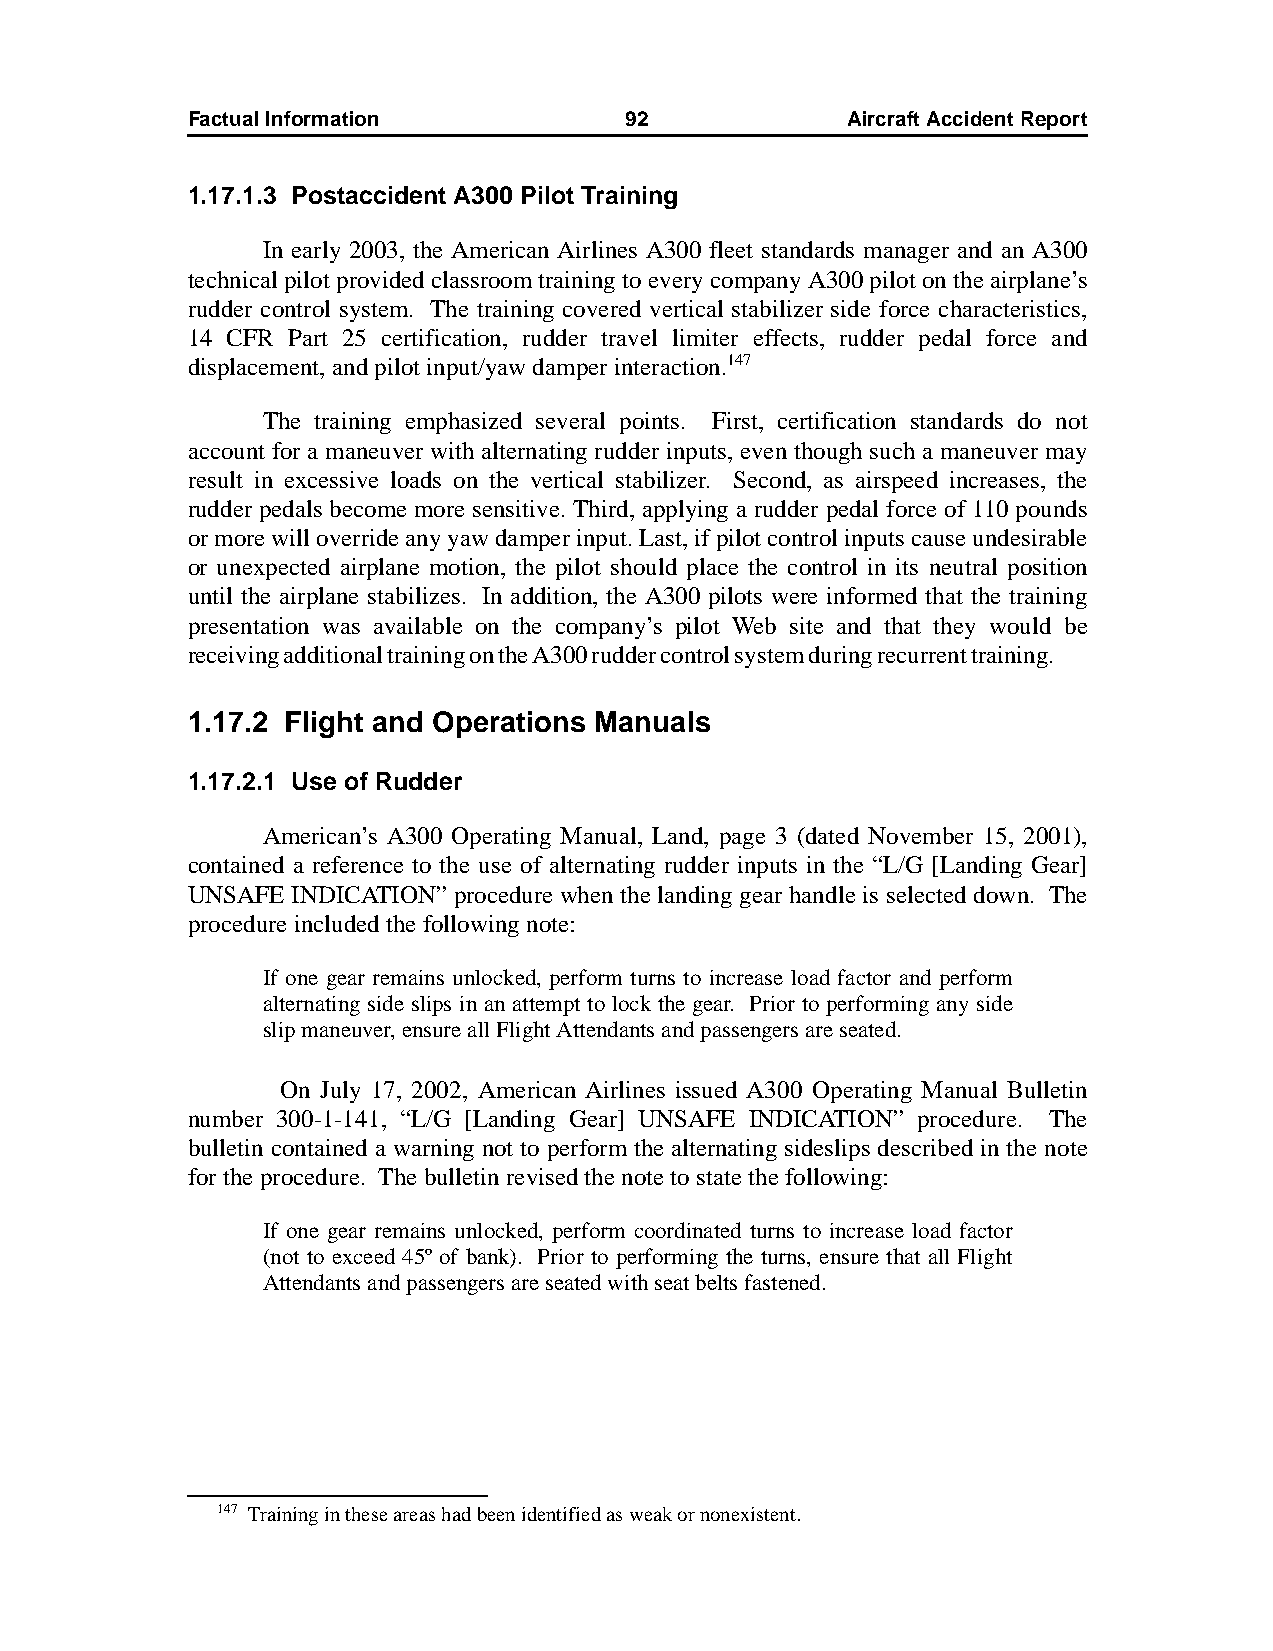
Factual Information          92             AircraftAccidentReport
 1.17.1.3 Postaccident A300 Pilot Training
 In early 2003, the American Airlines A300 fleet standards manager and an A300
 technical pilot provided classroom training to every company A300 pilot on the airplane’s
 rudder control system. The training covered vertical stabilizer side force characteristics,
 14 CFR Part 25 certification, rudder travel limiter effects, rudder pedal force and
 displacement, and pilot input/yaw damper interaction.147
 The training emphasized several points. First, certification standards do not
 account for a maneuver with alternating rudder inputs, even though such a maneuver may
 result in excessive loads on the vertical stabilizer. Second, as airspeed increases, the
 rudder pedals become more sensitive. Third, applying a rudder pedal force of 110 pounds
 or more will override any yaw damper input. Last, if pilot control inputs cause undesirable
 or unexpected airplane motion, the pilot should place the control in its neutral position
 until the airplane stabilizes. In addition, the A300 pilots were informed that the training
 presentation was available on the company’s pilot Web site and that they would be
 receiving additional training on the A300 rudder control system during recurrent training.
 1.17.2 Flight and Operations Manuals
 1.17.2.1 Use of Rudder
 American’s A300 Operating Manual, Land, page 3 (dated November 15, 2001),
 contained a reference to the use of alternating rudder inputs in the “L/G [Landing Gear]
 UNSAFE INDICATION” procedure when the landing gear handle is selected down. The
 procedure included the following note:
 If one gear remains unlocked, perform turns to increase load factor and perform
 alternating side slips in an attempt to lock the gear. Prior to performing any side
 slip maneuver, ensure all Flight Attendants and passengers are seated.
 On July 17, 2002, American Airlines issued A300 Operating Manual Bulletin
 number 300-1-141, “L/G [Landing Gear] UNSAFE INDICATION” procedure. The
 bulletin contained a warning not to perform the alternating sideslips described in the note
 for the procedure. The bulletin revised the note to state the following:
 If one gear remains unlocked, perform coordinated turns to increase load factor
 (not to exceed 45º of bank). Prior to performing the turns, ensure that all Flight
 Attendants and passengers are seated with seat belts fastened.
 147 Training in these areas had been identified as weak or nonexistent.